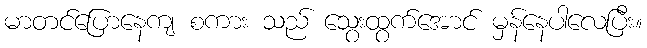
မာတင်ပြောနေကျ စကား သည် သွေးထွက်အောင် မှန်နေပါလေပြီး။